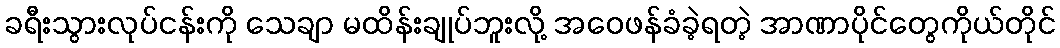
ခရီးသွားလုပ်ငန်းကို သေချာ မထိန်းချုပ်ဘူးလို့ အဝေဖန်ခံခဲ့ရတဲ့ အာဏာပိုင်တွေကိုယ်တိုင်